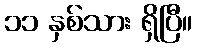
၁၁ နှစ်သား ရှိပြီ။